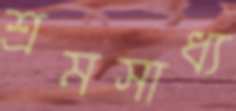
শ্রমসাধ্য